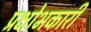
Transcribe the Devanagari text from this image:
प्रक्षोभकारी